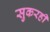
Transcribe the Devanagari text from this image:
सुकरही